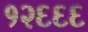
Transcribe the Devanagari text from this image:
१२६६६